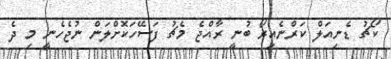
ކޯޗު ޑެނިއަލް ކަރްނެއިރޯ ބުނީ ރާއްޖެ މެޗު ފަސޭހަކޮށްލަން ނުޖެހެނީ މި ދެ